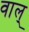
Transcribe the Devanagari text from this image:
वाल्